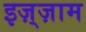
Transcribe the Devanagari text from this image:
इज़्ज़ाम